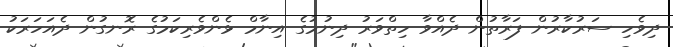
ދިވެހި ސަރުކާރުން ފަރާތުން ދެއްވާ ހިތްވަރު ދިނުމުގެ އިނާމް ޅެންވެރިކަމުގެ ރޮނގުން ދެއަހަރަކު